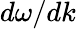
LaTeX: d\omega/dk